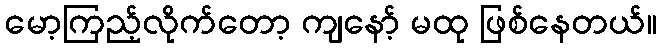
မော့ကြည့်လိုက်တော့ ကျနော့် မထု ဖြစ်နေတယ်။